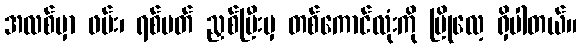
အလစ်မှာ ဖမ်း၊ ရစ်ပတ် ညှစ်ပြီးမှ တစ်ကောင်လုံးကို မြိုလေ့ ရှိပါတယ်။